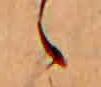
ゝ